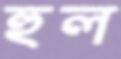
হুল